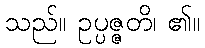
သည်။ ဥပ္ပဇ္ဇတိ၊ ၏။